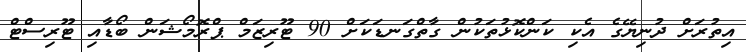
އިތުރަށް ދުނިޔޭގެ އެކި ކަންކޮޅުތަކުން ގާތްގަނޑަކަށް 90 ޓޫރިޒަމް ޕްރޮމޯޝަން ބޯޑާއި ޓޫރިސްޓް